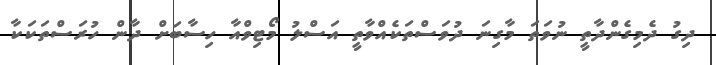
ދިގު ދެމިގެންދާތީ ނުވަތަ މާގިނަ ދުވަސްތަކެއްވާތީ އަސްލު މޯޓިވްއާ ހިސާބަށް ދާން ހުރަސްތަކަކާ